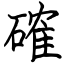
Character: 確